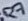
Text: R7